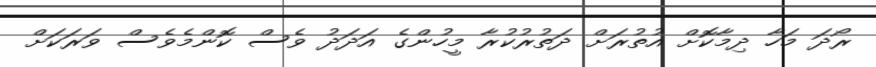
ރޯދަ މަހާ ދިމާކޮށް އުތުރަށް ދަތުރުކުރާ މީހުންގެ އަދަދު ވެސް ކޮންމެވެސް ވަރަކަށް